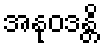
အနုဝဒန္တိ